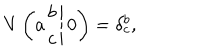
V \left( \left. a \begin{array} { c } { { b } } \\ { { c } } \\ \end{array} \right| 0 \right) = \delta _ { c } ^ { b } ,